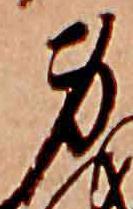
身